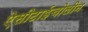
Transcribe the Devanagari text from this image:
ऐसीटाईचोलीन